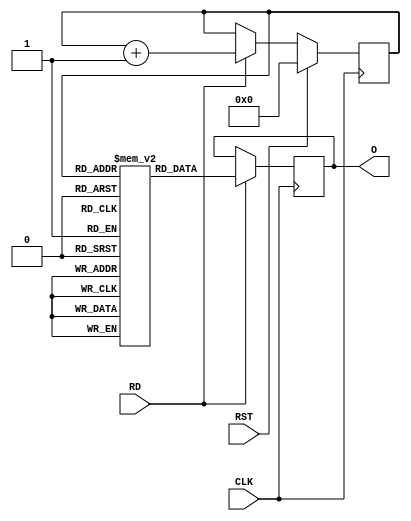
module rom
(
input  wire CLK,
input  wire RST,

input  wire RD,
output wire [7:0] O
);

// ============================================================================

reg [7:0] rom[0:31];

initial begin
  rom[   0] <= 8'd157;
  rom[   1] <= 8'd254;
  rom[   2] <= 8'd208;
  rom[   3] <= 8'd125;
  rom[   4] <= 8'd39;
  rom[   5] <= 8'd192;
  rom[   6] <= 8'd242;
  rom[   7] <= 8'd117;
  rom[   8] <= 8'd186;
  rom[   9] <= 8'd94;
  rom[  10] <= 8'd201;
  rom[  11] <= 8'd156;
  rom[  12] <= 8'd224;
  rom[  13] <= 8'd120;
  rom[  14] <= 8'd255;
  rom[  15] <= 8'd219;
  rom[  16] <= 8'd12;
  rom[  17] <= 8'd53;
  rom[  18] <= 8'd156;
  rom[  19] <= 8'd93;
  rom[  20] <= 8'd97;
  rom[  21] <= 8'd47;
  rom[  22] <= 8'd9;
  rom[  23] <= 8'd184;
  rom[  24] <= 8'd68;
  rom[  25] <= 8'd235;
  rom[  26] <= 8'd67;
  rom[  27] <= 8'd68;
  rom[  28] <= 8'd216;
  rom[  29] <= 8'd26;
  rom[  30] <= 8'd16;
  rom[  31] <= 8'd93;
end

reg [7:0] dat;
reg [4:0] adr;

always @(posedge CLK)
  if (RST)     adr <= 0;
  else if (RD) adr <= adr + 1;

always @(posedge CLK)
  if (RD) dat <= rom[adr];

assign O = dat;

// ============================================================================

endmodule